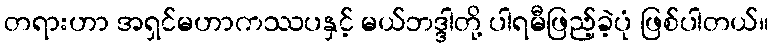
တရားဟာ အရှင်မဟာကဿပနှင့် မယ်ဘဒ္ဒါတို့ ပါရမီဖြည့်ခဲ့ပုံ ဖြစ်ပါတယ်။